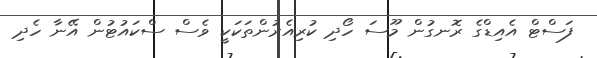
ފަސްޓް އެއިޑްގެ ރޮނގުން މޫސަ ހޯދި ކުރިއެރުންތަކަކީ ވެސް ސްކައުޓުން އޭނާ ހެދި